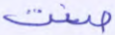
صغت